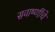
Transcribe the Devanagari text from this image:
सवाष्णींचे